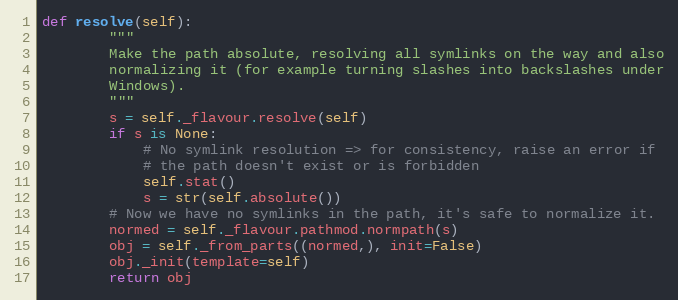
Language: Python
def resolve(self):
        """
        Make the path absolute, resolving all symlinks on the way and also
        normalizing it (for example turning slashes into backslashes under
        Windows).
        """
        s = self._flavour.resolve(self)
        if s is None:
            # No symlink resolution => for consistency, raise an error if
            # the path doesn't exist or is forbidden
            self.stat()
            s = str(self.absolute())
        # Now we have no symlinks in the path, it's safe to normalize it.
        normed = self._flavour.pathmod.normpath(s)
        obj = self._from_parts((normed,), init=False)
        obj._init(template=self)
        return obj